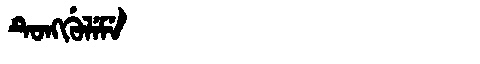
Manchu: ᡨᡠᠩᡤᡠᠯᡝᠮᡝ
Romanization: TUNGGULEME